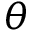
\boldsymbol { \theta }